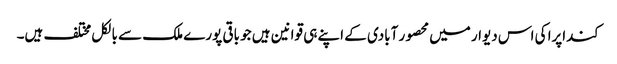
کنداپرا کی اس دیوار میں محصور آبادی کے اپنے ہی قوانین ہیں جو باقی پورے ملک سے بالکل مختلف ہیں۔